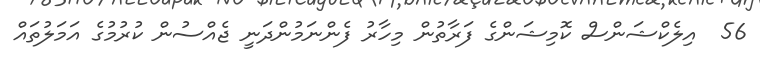
56  އިލެކްޝަންސް ކޮމިޝަންގެ ފަރާތުން މިހާރު ފެންނަމުންދަނީ ޖެއްސުން ކުރުމުގެ އަމަލުތައް